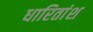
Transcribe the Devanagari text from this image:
धारितांश